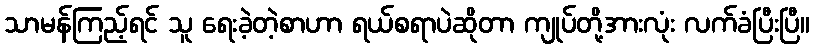
သာမန်ကြည့်ရင် သူ ရေးခဲ့တဲ့စာဟာ ရယ်စရာပဲဆိုတာ ကျုပ်တို့အားလုံး လက်ခံပြီးပြီ။